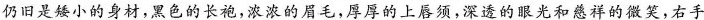
仍旧是矮小的身材，黑色的长袍，浓浓的眉毛，厚厚的上唇须，深迹的眼光和慈祥的微笑，右手